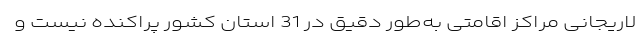
لاریجانی مراکز اقامتی به‌طور دقیق در 31 استان کشور پراکنده نیست و